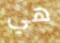
هي